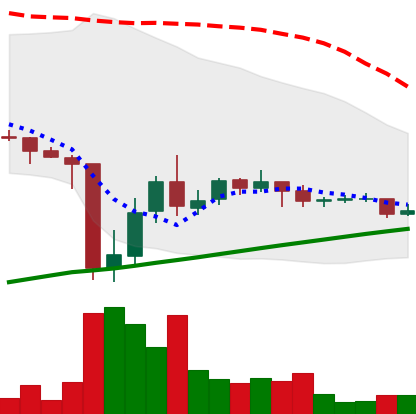
Ticker: DOGE-USD
Chart end date: 2021-07-06
Forward return: -7.92%
Label: down_7plus